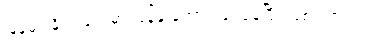
မြန်မာ နိုင်ငံများမှာ ပြန့်နှံ့ အောင်မြင်နေပြီး ဖြစ်ပါတယ်။